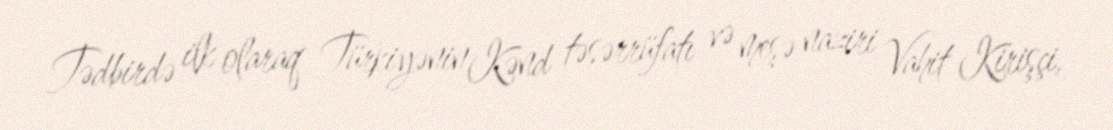
Tədbirdə ilk olaraq Türkiyənin Kənd təsərrüfatı və meşə naziri Vahit Kirişçi,